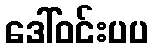
ဒေါ်ဝင်းပပ